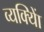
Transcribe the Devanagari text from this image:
व्यक्याेिं